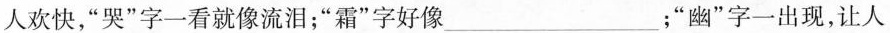
人欢快，”哭”字一看就像流泪；”霜”字好像___；”幽”字一出现，让人